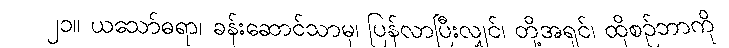
၂၁။ ယသော်ဓရာ၊ ခန်းဆောင်သာမှ၊ ပြန်လာပြီးလျှင်၊ တို့အရှင်၊ ထိုစဉ်ဘာကို